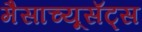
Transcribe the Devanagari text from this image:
मैसाच्यूसॅट्स